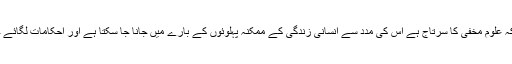
علم نجوم جو کہ علوم مخفی کا سرتاج ہے اس کی مدد سے انسانی زندگی کے ممکنہ پہلوئوں کے بارے میں جانا جا سکتا ہے اور احکامات لگائے جا سکتے ہیں۔